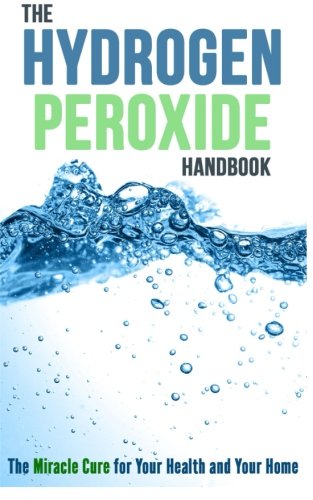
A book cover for The Hydrogen Peroxide Handbook: The Miracle Cure for Your Health and Your Home; Rosemarie Wilkins; Crafts, Hobbies & Home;